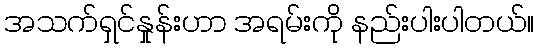
အသက်ရှင်နှုန်းဟာ အရမ်းကို နည်းပါးပါတယ်။